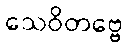
သေဝိတဗ္ဗေ